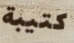
كتيبة